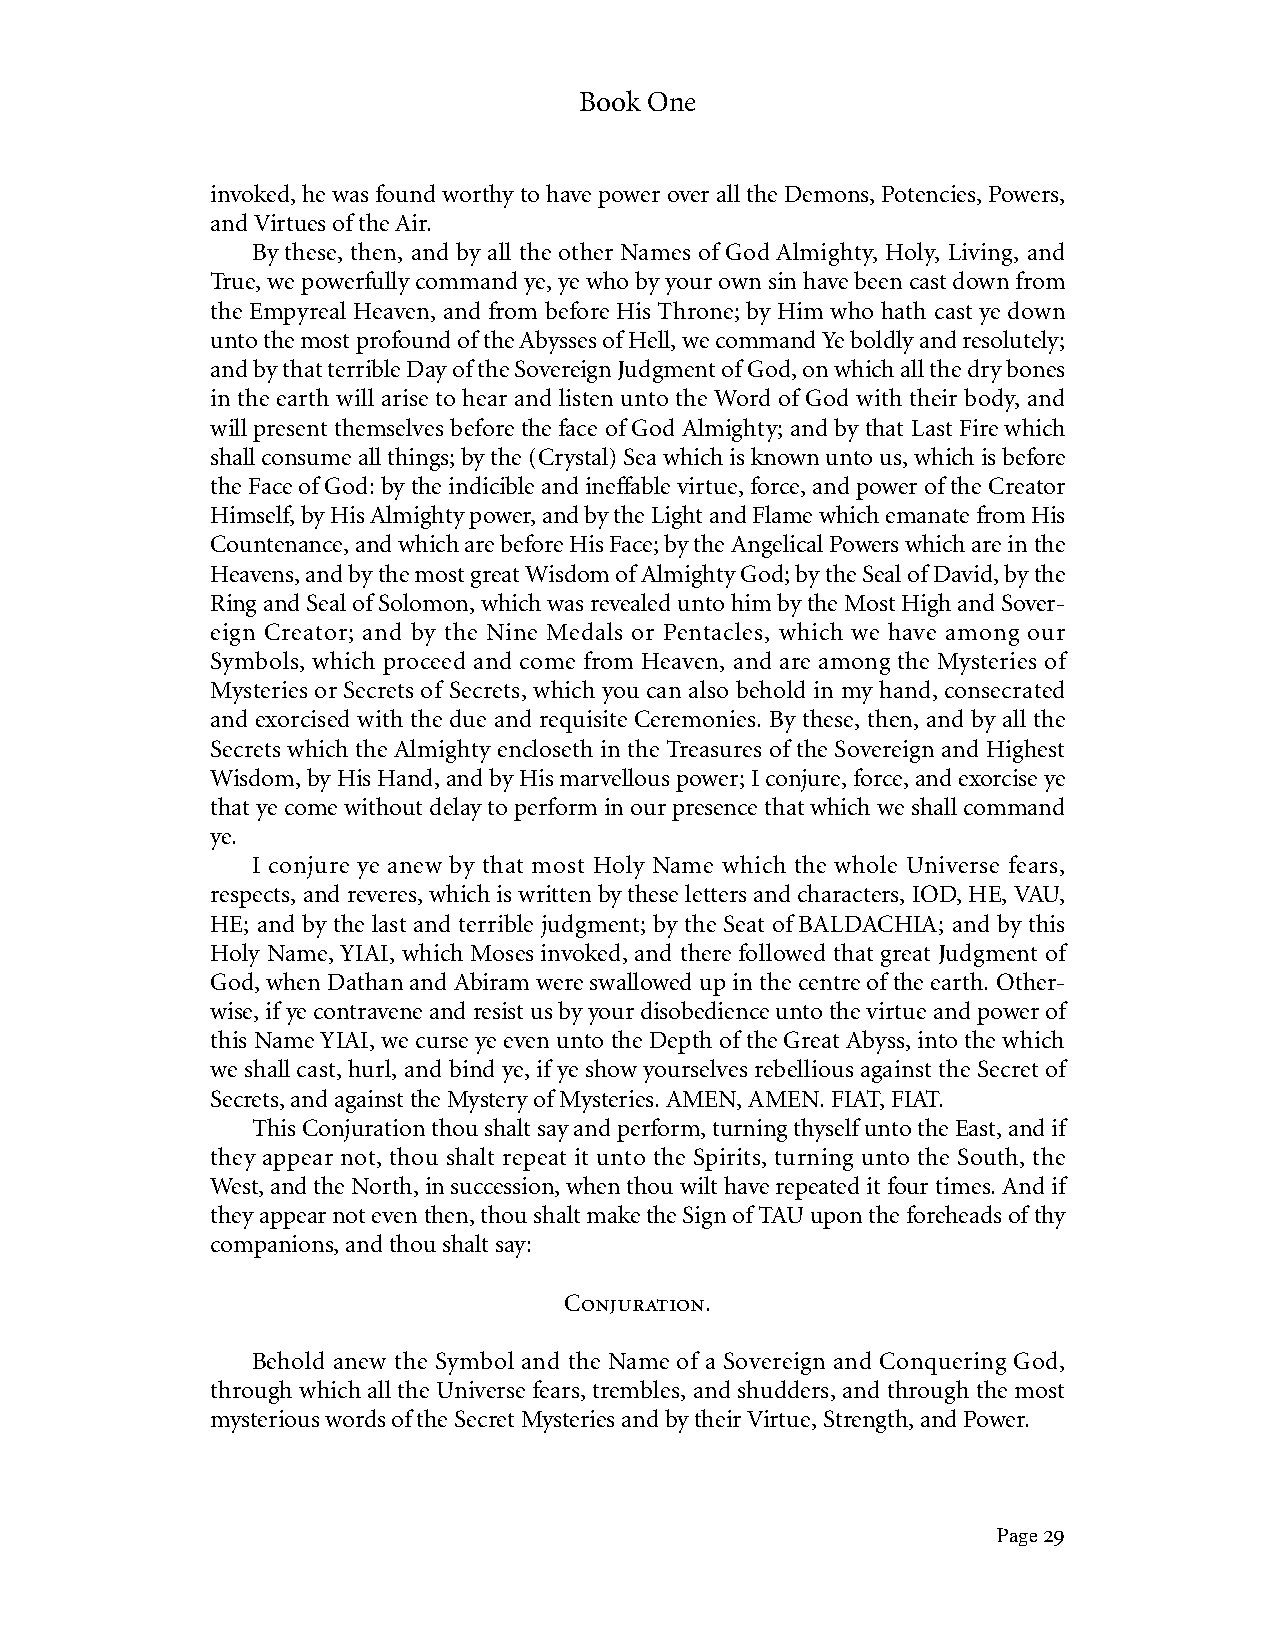
Book One
 invoked, he was found worthy to have power over all the Demons, Potencies, Powers,
 and Virtues of the Air.
 By these, then, and by all the other Names of God Almighty, Holy, Living, and
 True, we powerfully command ye, ye who by your own sin have been cast down from
 the Empyreal Heaven, and from before His Throne; by Him who hath cast ye down
 unto the most profound of the Abysses of Hell, we command Ye boldly and resolutely;
 and by that terrible Day of the Sovereign Judgment of God, on which all the dry bones
 in the earth will arise to hear and listen unto the Word of God with their body, and
 will present themselves before the face of God Almighty; and by that Last Fire which
 shall consume all things; by the (Crystal) Sea which is known unto us, which is before
 the Face of God: by the indicible and ineffable virtue, force, and power of the Creator
 Himself, by His Almighty power, and by the Light and Flame which emanate from His
 Countenance, and which are before His Face; by the Angelical Powers which are in the
 Heavens, and by the most great Wisdom of Almighty God; by the Seal of David, by the
 Ring and Seal of Solomon, which was revealed unto him by the Most High and Sover-
 eign Creator; and by the Nine Medals or Pentacles, which we have among our
 Symbols, which proceed and come from Heaven, and are among the Mysteries of
 Mysteries or Secrets of Secrets, which you can also behold in my hand, consecrated
 and exorcised with the due and requisite Ceremonies. By these, then, and by all the
 Secrets which the Almighty encloseth in the Treasures of the Sovereign and Highest
 Wisdom, by His Hand, and by His marvellous power; I conjure, force, and exorcise ye
 that ye come without delay to perform in our presence that which we shall command
 ye.
 I conjure ye anew by that most Holy Name which the whole Universe fears,
 respects, and reveres, which is written by these letters and characters, IOD, HE, VAU,
 HE; and by the last and terrible judgment; by the Seat of BALDACHIA; and by this
 Holy Name, YIAI, which Moses invoked, and there followed that great Judgment of
 God, when Dathan and Abiram were swallowed up in the centre of the earth. Other-
 wise, if ye contravene and resist us by your disobedience unto the virtue and power of
 this Name YIAI, we curse ye even unto the Depth of the Great Abyss, into the which
 we shall cast, hurl, and bind ye, if ye show yourselves rebellious against the Secret of
 Secrets, and against the Mystery of Mysteries. AMEN, AMEN. FIAT, FIAT.
 This Conjuration thou shalt say and perform, turning thyself unto the East, and if
 they appear not, thou shalt repeat it unto the Spirits, turning unto the South, the
 West, and the North, in succession, when thou wilt have repeated it four times. And if
 they appear not even then, thou shalt make the Sign of TAU upon the foreheads of thy
 companions, and thou shalt say:
 Conjuration.
 Behold anew the Symbol and the Name of a Sovereign and Conquering God,
 through which all the Universe fears, trembles, and shudders, and through the most
 mysterious words of the Secret Mysteries and by their Virtue, Strength, and Power.
 Page 29